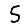
Digit: 5